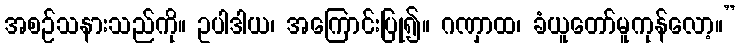
အစဉ်သနားသည်ကို။ ဥပါဒါယ၊ အကြောင်းပြု၍။ ဂဏှာထ၊ ခံယူတော်မူကုန်လော့။”